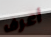
أعرف